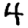
Digit: 4